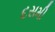
દસમી